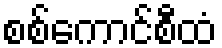
စစ်ကောင်စီထံ